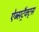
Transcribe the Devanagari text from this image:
ऐब्सट्रैक्ट्स